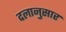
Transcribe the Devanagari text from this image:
दलानुसार